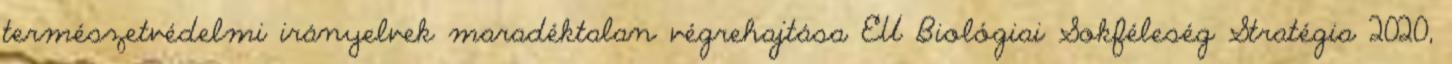
természetvédelmi irányelvek maradéktalan végrehajtása EU Biológiai Sokféleség Stratégia 2020,